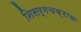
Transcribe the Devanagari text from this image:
निसर्गचक्राचा